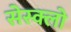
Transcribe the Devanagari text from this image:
सेस्क्लो